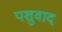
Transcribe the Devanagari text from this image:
पशुवाद